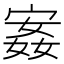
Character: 𫳣